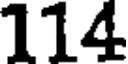
114